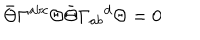
LaTeX: \bar { \Theta } \Gamma ^ { a b c } \Theta \bar { \Theta } \Gamma _ { a b } { } ^ { d } \Theta = 0